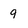
Character: q